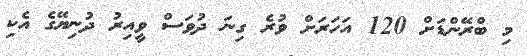
މި ބްރޭންޑަށް 120 އަހަރަށް ވުރެ ގިނަ ދުވަސް ވީއިރު ދުނިޔޭގެ އެކި